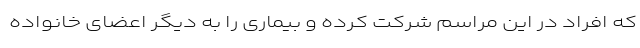
که افراد در این مراسم شرکت کرده و بیماری را به دیگر اعضای خانواده